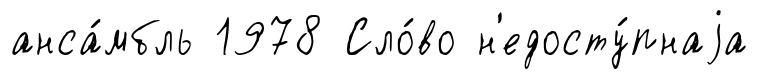
анса́мбль 1978 Сло́во н'едосту́пнаjа